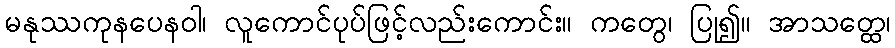
မနုဿကုနပေနဝါ၊ လူကောင်ပုပ်ဖြင့်လည်းကောင်း။ ကတွေ၊ ပြု၍။ အာသတ္ထေ၊